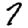
Digit: 7